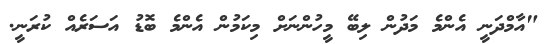
"އާމްދަނީ އެންމެ މަދުން ލިބޭ މީހުންނަށް މިކަމުން އެންމެ ބޮޑު އަސަރެއް ކުރަނީ.